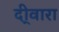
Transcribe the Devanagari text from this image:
दी्वारा